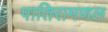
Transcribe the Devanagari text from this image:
पातिरामणल